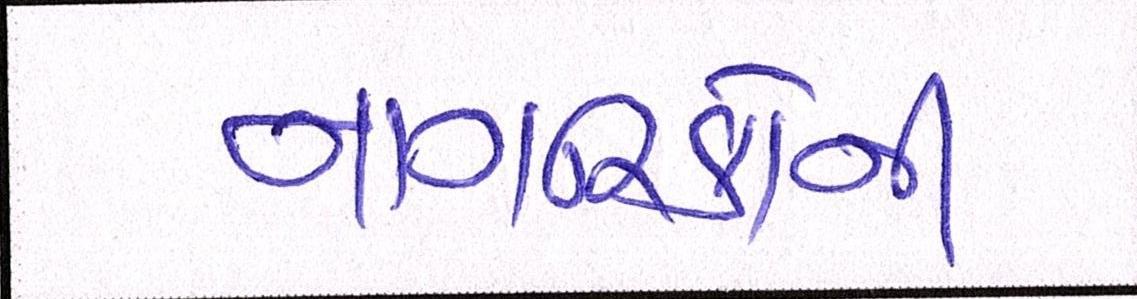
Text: નાગરિકોની